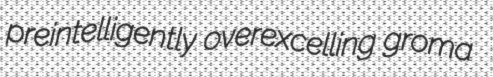
preintelligently overexcelling groma